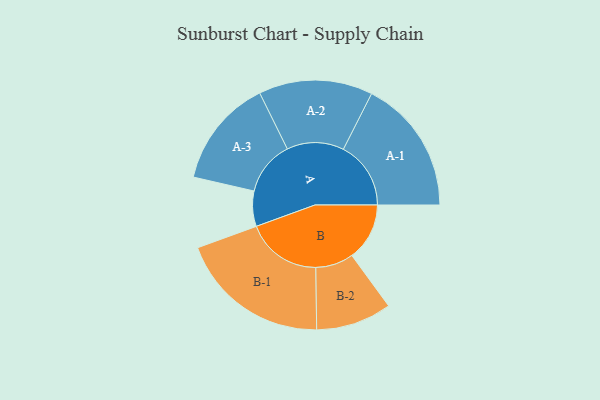
{"axis": {"x": "Segment", "y": "Value"}, "legend": ["", "A", "B"], "data": [{"x": "A", "y": 107, "type": ""}, {"x": "B", "y": 175, "type": ""}, {"x": "A-1", "y": 205, "type": "A"}, {"x": "A-2", "y": 173, "type": "A"}, {"x": "A-3", "y": 165, "type": "A"}, {"x": "B-1", "y": 230, "type": "B"}, {"x": "B-2", "y": 115, "type": "B"}]}